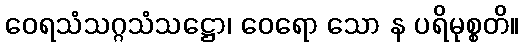
ဝေရသံသဂ္ဂသံသဋ္ဌော၊ ဝေရော သော န ပရိမုစ္စတိ။